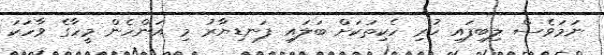
ނަމަވެސް ލިބިފައި ހުރި ހެކިތަކަށް ބަލައި ފަނޑިޔާރު މި އަންހެން މީހާގެ ވާހަކަ